Annual report of the Punjab Veterinary College and of the Civil Veterinary Department, Punjab - 1920-1925
Year: 1920
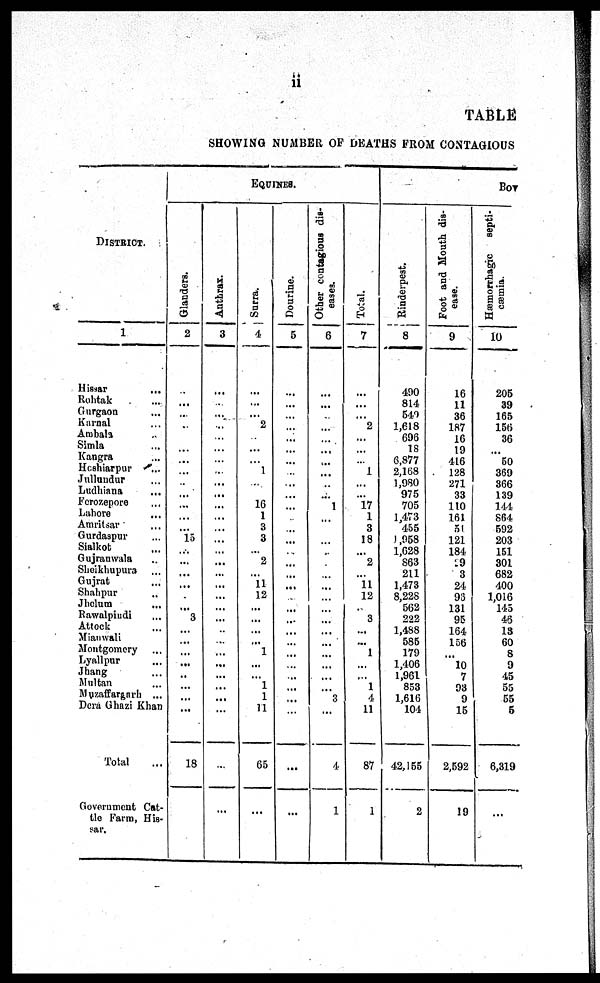
ii
TABLE
SHOWI NG NUMBER OF DEATHS FROM CONTAGI OUS
DISTRICT.
1
Hissar
...
Roht ak ...
Gurgaon ...
Karnal ...
Ambal a . . .
Si ml a ...
Kangra ...
Hoshiarpur ...
Jullundur ...
Ludhi ana ...
Ferozepore ...
Lahore ...
Amritsar ...
Gurdaspur ...
Sialkot ...
Guj ranwal a
Shei khupura ...
Gujrat ...
Shahpur ...
Jhel um ...
Rawal pi ndi ...
At t ock ...
Mi anwal i ...
Mont gomery ...
Lyallpur ...
Jhang ...
Mul t an ...
Muzaffargarh ...
Deru Ghazi Khan
Total ...
Government Cat-
tle Farm, His-
sar.
EQUI NES.
Glanders.
2
...
...
...
...
...
...
...
...
...
...
...
...
... 15
...
...
...
...
...
... ...
3
...
... ...
...
...
... ...
18
Anttrax.
3
...
...
...
...
...
...
...
...
...
...
...
...
...
...
...
... ...
...
...
...
...
...
...
... ...
...
... ...
...
...
...
Surra.
4
...
...
...
2
...
...
... 1
...
... 16
1
3
3
... 2
...
11
12
...
...
... ...
1
...
...
1
1
11
65
...
Dourine.
5
...
...
...
...
...
...
...
...
...
...
...
...
...
...
...
...
...
...
...
...
...
...
... ...
...
...
...
...
...
...
...
Other contagious dis-
eases.
6
...
...
...
...
...
...
...
...
...
... 1
...
...
...
...
...
...
...
...
...
...
...
...
...
...
...
... 3
...
4
1
Total.
7
...
...
...
2
...
...
... 1
......
...
17
1
3
18
...
2
... 11
12
... 3
...
... 1
... ... 1
4
11
87
1
Bov
Rinderpest.
8
490
814
549
1, 618
696
18
6, 877
2, 168
1, 980
975
705
1, 473
455
1, 958
1, 628
863
211
1, 473
8, 228
562
222
1, 488
585
179
1, 406
1, 961
853
1, 616
104
42, 155
2
Foot and Mouth dis-
ease.
9
16
11
36
187
16
19
416
128
271
33
110
161
51
121
184
19
3
24
93
131
95
164
156
...
10
7
93
9
15
2, 592
19
Hæmorrhagic septi-
caemia.
10
205
39
165
156
36
...
50
369
366
139
141
864
592
203
151
301
682
400
1, 016
145
45
13
60
8
9
45
55
55
5
6, 319
...